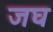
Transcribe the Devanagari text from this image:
जघ